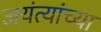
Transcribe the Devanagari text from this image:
जयंत्यांच्या